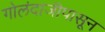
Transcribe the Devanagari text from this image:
गोलंदाजीपासून